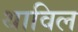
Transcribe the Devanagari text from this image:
थाविल